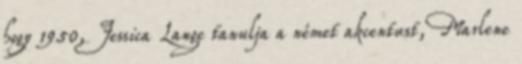
hogy 1950, Jessica Lange tanulja a német akcentust, Marlene